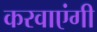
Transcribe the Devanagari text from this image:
करवाएंगी